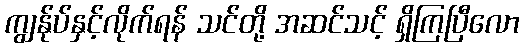
ကျွန်ုပ်နှင့်လိုက်ရန် သင်တို့ အဆင်သင့် ရှိကြပြီလော